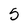
Character: 5